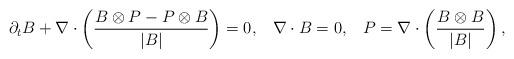
LaTeX: \begin{align*}\partial_t B+\nabla\cdot\left(\frac{B\otimes P-P\otimes B}{|B|}\right)=0,\;\;\;\nabla\cdot B=0,\;\;\;P=\nabla\cdot\left(\frac{B\otimes B}{|B|}\right),\end{align*}